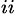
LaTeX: ^{ii}